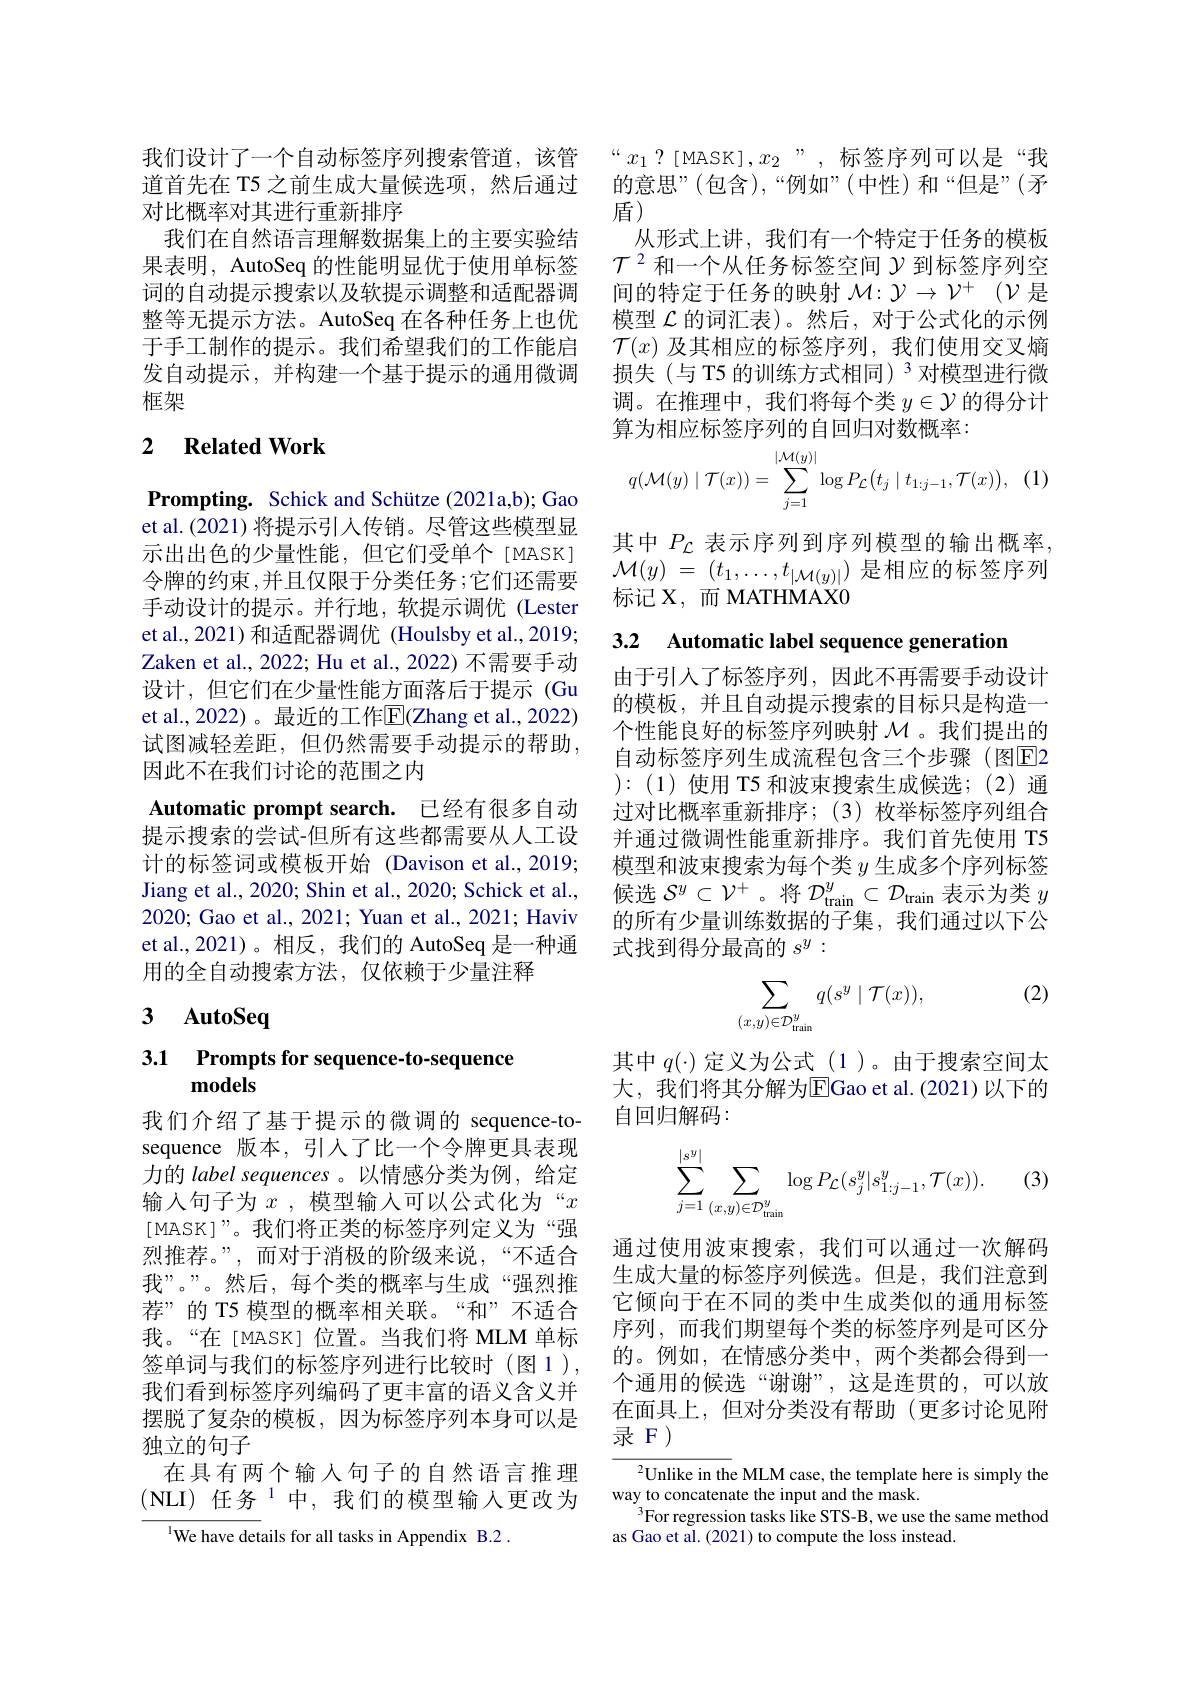
我们设计了一个自动标签序列搜索管道，该管道首先在 T5 之前生成大量候选项，然后通过对比概率对其进行重新排序
我们在自然语言理解数据集上的主要实验结果表明，AutoSeq 的性能明显优于使用单标签词的自动提示搜索以及软提示调整和适配器调整等无提示方法。AutoSeq 在各种任务上也优于手工制作的提示。我们希望我们的工作能启发自动提示，并构建一个基于提示的通用微调框架

### 2 $\textbf{Related Work}$

Prompting. Schick and Schütze (2021a,b); Gao et al.(2021) 将提示引入传销。尽管这些模型显示出出色的少量性能，但它们受单个[MASK] 令牌的约束，并且仅限于分类任务；它们还需要手动设计的提示。并行地，软提示调优 (Lester et al., 2021) 和适配器调优 (Houlsby et al., 2019; Zaken et al., 2022; Hu et al., 2022) 不需要手动设计，但它们在少量性能方面落后于提示(Gu et al.,2022)。最近的工作$\overline{\mathrm{E}}($Zhang et al.,2022) 试图减轻差距，但仍然需要手动提示的帮助， 因此不在我们讨论的范围之内
Automatic prompt search. 已经有很多自动提示搜索的尝试-但所有这些都需要从人工设计的标签词或模板开始 (Davison et al.,2019; Jiang et al., 2020; Shin et al., 2020; Schick et al., 2020; Gao et al., 2021; Yuan et al., 2021; Haviv et al.,2021)。相反，我们的 AutoSeq 是一种通用的全自动搜索方法，仅依赖于少量注释

3 AutoSeq

# 3.1 Prompts for sequence-to-sequence models

我们介绍了基于提示的微调的 sequence-tosequence 版本，引入了比一个令牌更具表现力的 label sequences 。以情感分类为例，给定输入句子为$x$ , 模型输人可以公式化为“$x$ [MASK]”。我们将正类的标签序列定义为“强烈推荐。”,而对于消极的阶级来说，“不适合我”。”。然后，每个类的概率与生成“强烈推荐”的 T5 模型的概率相关联。“和”不适合我。“在[MASK]位置。当我们将 MLM 单标签单词与我们的标签序列进行比较时(图1), 我们看到标签序列编码了更丰富的语义含义并摆脱了复杂的模板，因为标签序列本身可以是独立的句子
在具有两个输入句子的自然语言推理(NLI)任务$^{1}$中，我们的模型输入更改为
$^{1}$We have details for all tasks in Appendix B.2

“$x_1?$[MASK],$x_2$”,标签序列可以是“我的意思”(包含),“例如”(中性)和“但是”(矛盾)
从形式上讲，我们有一个特定于任务的模板$\mathcal{T}^2$和一个从任务标签空间$\mathcal{Y}$到标签序列空间的特定于任务的映射$\mathcal{M} : \mathcal{Y} \to \mathcal{V} ^+$ $( \mathcal{V}$是模型$\mathcal{L}$的词汇表)。然后，对于公式化的示例$\mathcal{T}(x)$及其相应的标签序列，我们使用交叉熵损失(与 T5 的训练方式相同)$^{3}$对模型进行微调。在推理中，我们将每个类$y\in\mathcal{Y}$的得分计算为相应标签序列的自回归对数概率：
$$q(\mathcal{M}(y)\mid\mathcal{T}(x))=\sum_{j=1}^{|\mathcal{M}(y)|}\log P_{\mathcal{L}}\big(t_{j}\mid t_{1:j-1},\mathcal{T}(x)\big),$$
其中$P_{\mathcal{L}}$表示序列到序列模型的输出概率， $\mathcal{M} ( y)$ = $( t_1, \ldots , t_{| \mathcal{M} ( y) | })$是相应的标签序列标记 X, 而 MATHMAXO

3.2 Automatic label sequence generation

由于引入了标签序列，因此不再需要手动设计的模板，并且自动提示搜索的目标只是构造一个性能良好的标签序列映射$\mathcal{M}$。我们提出的自动标签序列生成流程包含三个步骤(图E2 ):(1)使用 T5 和波束搜索生成候选；(2)通过对比概率重新排序；(3)枚举标签序列组合并通过微调性能重新排序。我们首先使用 T5模型和波束搜索为每个类$y$生成多个序列标签候选$\mathcal{S}^y\subset\mathcal{V}^+$。将$\mathcal{D}_\mathrm{train}^y\subset\mathcal{D}_\mathrm{train}$表示为类$y$ 的所有少量训练数据的子集，我们通过以下公式找到得分最高的$s^y:$

(2)
$$\sum_{(x,y)\in\mathcal{D}_{\mathrm{train}}^y}q(s^y\mid\mathcal{T}(x)),$$
其中$q(\cdot)$定义为公式(1)。由于搜索空间太大，我们将其分解为$\overline{\mathrm{E}}$Gao et al.(2021)以下的自回归解码：

(3)
$$\sum_{j=1}^{|s^y|}\sum_{(x,y)\in\mathcal{D}_{\mathrm{train}}^y}\log P_{\mathcal{L}}(s_{j}^{y}|s_{1:j-1}^{y},\mathcal{T}(x)).$$
通过使用波束搜索，我们可以通过一次解码生成大量的标签序列候选。但是，我们注意到它倾向于在不同的类中生成类似的通用标签序列，而我们期望每个类的标签序列是可区分的。例如，在情感分类中，两个类都会得到一个通用的候选“谢谢”,这是连贯的，可以放在面具上，但对分类没有帮助(更多讨论见附录F)

$^{2}$Unlike in the MLM case, the template here is simply the
way to concatenate the input and the mask.
$^3$For regression tasks like STS-B, we use the same method
as Gao et al. (2021) to compute the loss instead.